Plague in India, 1896, 1897 - Volume 1
Year: 1896
Disease focus: Plague
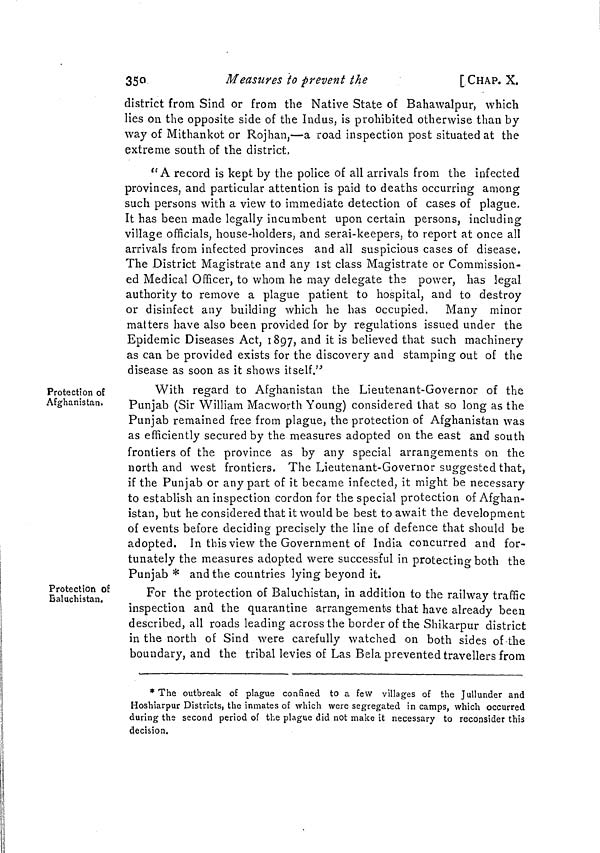
350
Measures to prevent the
[ CHAP. X.
district from Sind or from the Native State of Bahawalpur, which
lies on the opposite side of the Indus, is prohibited otherwise than by
way of Mithankot or Rojhan,—a road inspection post situated at the
extreme south of the district,
"A record is kept by the police of all arrivals from the infected
provinces, and particular attention is paid to deaths occurring among
such persons with a view to immediate detection of cases of plague.
It has been made legally incumbent upon certain persons, including
village officials, house-holders, and serai-keepers, to report at once all
arrivals from infected provinces and all suspicious cases of disease.
The District Magistrate and any 1st class Magistrate or Commission-
ed Medical Officer, to whom he may delegate the power, has legal
authority to remove a plague patient to hospital, and to destroy
or disinfect any building which he has occupied. Many minor
matters have also been provided for by regulations issued under the
Epidemic Diseases Act, 1897, and it is believed that such machinery
as can be provided exists for the discovery and stamping out of the
disease as soon as it shows itself."
Protection of
Afghanistan.
With regard to Afghanistan the Lieutenant-Governor of the
Punjab (Sir William Macworth Young) considered that so long as the
Punjab remained free from plague, the protection of Afghanistan was
as efficiently secured by the measures adopted on the east and south
frontiers of the province as by any special arrangements on the
north and west frontiers. The Lieutenant-Governor suggested that,
if the Punjab or any part of it became infected, it might be necessary
to establish an inspection cordon for the special protection of Afghan-
istan, but he considered that it would be best to await the development
of events before deciding precisely the line of defence that should be
adopted. In this view the Government of India concurred and for-
tunately the measures adopted were successful in protecting both the
Punjab * and the countries lying beyond it.
Protection of
Baluchistan.
For the protection of Baluchistan, in addition to the railway traffic
inspection and the quarantine arrangements that have already been
described, all roads leading across the border of the Shikarpur district
in the north of Sind were carefully watched on both sides of the
boundary, and the tribal levies of Las Bela prevented travellers from
* The outbreak of plague confined to a few villages of the Jullunder and
Hoshiarpur Districts) the inmates of which were segregated in camps, which occurred
during the second period of the plague did not make it necessary to reconsider this
decision.